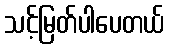
သင့်မြတ်ပါပေတယ်